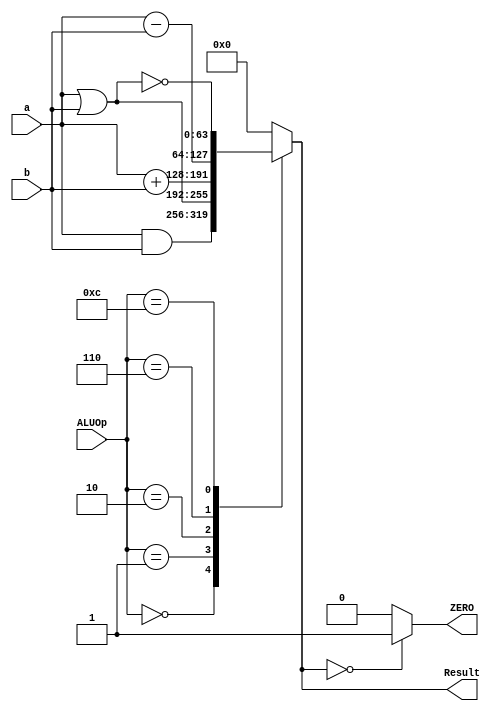
`timescale 1ns / 1ps

module ALU_64_bit
(
input [63:0]a, b,
input [3:0] ALUOp,
output reg [63:0] Result,
output reg ZERO
);

//assign ZERO = (Result == 0);
always @ (ALUOp, a, b)
begin
case (ALUOp)
4'b0000: Result = a & b;
4'b0001: Result = a | b;
4'b0010: Result = a + b;
4'b0110: Result = a - b;
4'b1100: Result = ~(a | b);
default: Result = 0;
endcase
if (Result == 0)
        ZERO = 1;
      else
        ZERO = 0;
end
endmodule